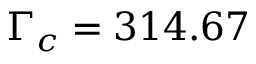
\Gamma _ { c } = 3 1 4 . 6 7